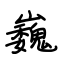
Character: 巍